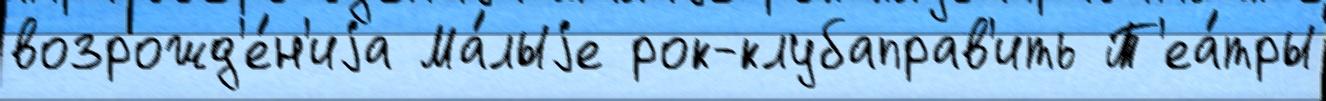
возрожд'е́н'иjа Ма́лыjе рок-клубаправ'ить Т'еа́тры